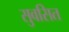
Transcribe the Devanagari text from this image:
सुवसित